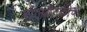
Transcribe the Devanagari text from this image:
राजबैठकीचा